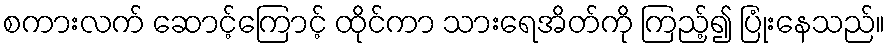
စကားလက် ဆောင့်ကြောင့် ထိုင်ကာ သားရေအိတ်ကို ကြည့်၍ ပြုံးနေသည်။